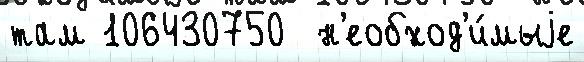
там 106430750  н'еобход'и́мыjе